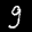
Label: 9